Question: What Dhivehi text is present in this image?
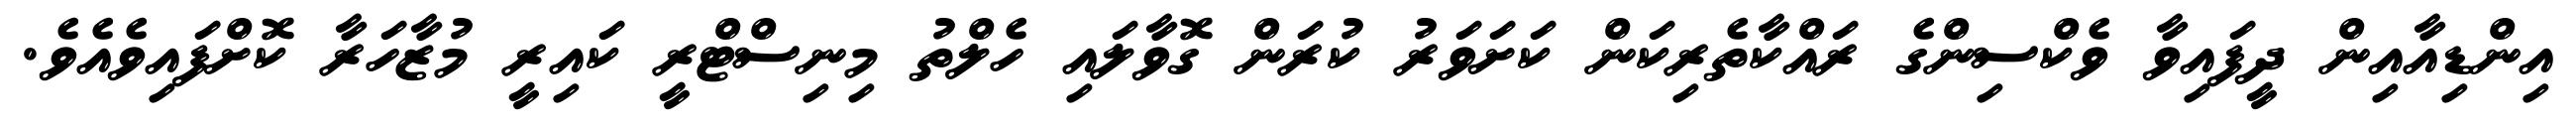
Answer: އިންޑިއާއިން ދީފައިވާ ވެކްސިންގެ ރައްކާތެރިކަން ކަށަވަރު ކުރަން ގޮވާލައި ހެލްތު މިނިސްޓްރީ ކައިރީ މުޒާހަރާ ކޮށްފައިވެއެވެ.